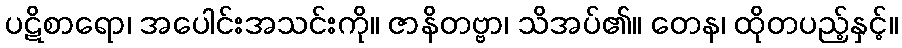
ပဋိစာရော၊ အပေါင်းအသင်းကို။ ဇာနိတဗ္ဗာ၊ သိအပ်၏။ တေန၊ ထိုတပည့်နှင့်။